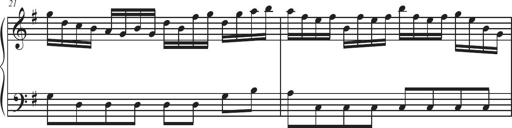
Title: Sonatina Espania
Composer: Jerald Franklin Archer
Key: Various